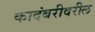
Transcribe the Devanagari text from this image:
कादंबरीवरील